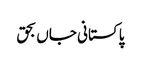
پاکستانی جاں بحق